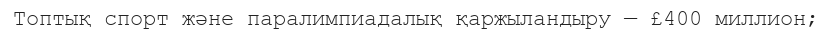
Топтық спорт және паралимпиадалық қаржыландыру — £400 миллион;